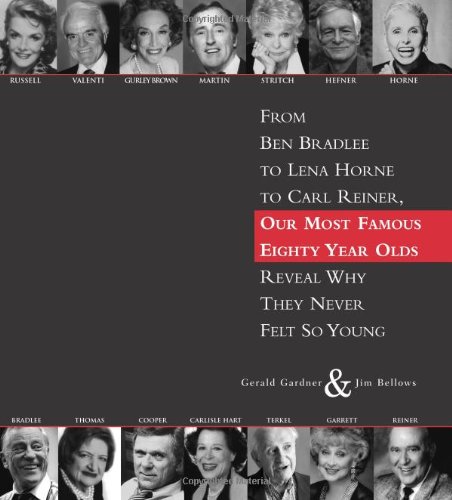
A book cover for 80: From Ben Bradlee to Lena Horne to Carl Reiner, Our Most Famous Eighty Year Olds, Reveal Why They Never Felt So Young; Gerald Gardner; Biographies & Memoirs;